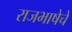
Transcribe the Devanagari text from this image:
राजभाषेचे